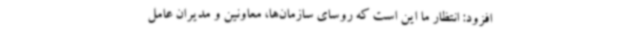
افزود: انتظار ما این است که روسای سازمان‌ها، معاونین و مدیران عامل